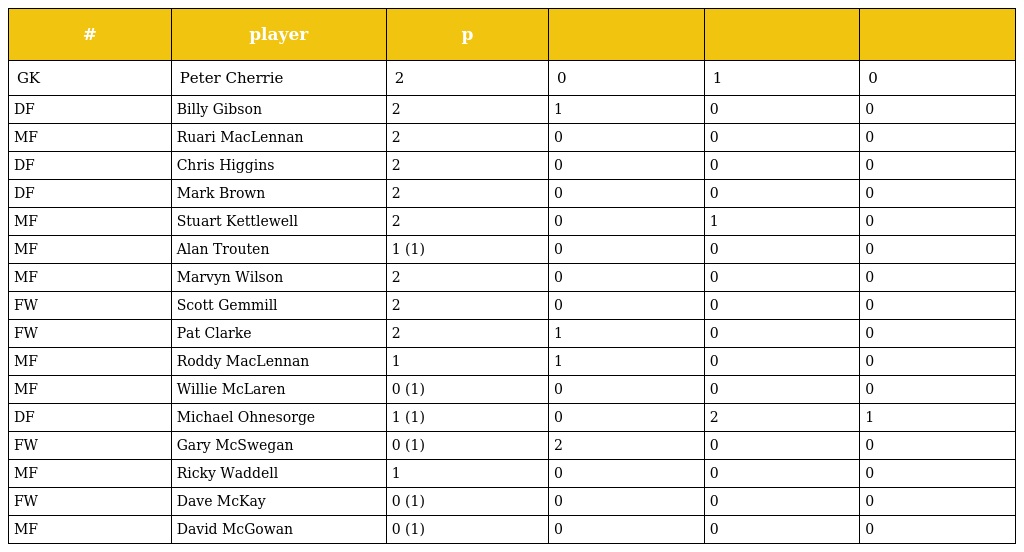
| # | player | p |  |  |  |
 | --- | --- | --- | --- | --- | --- |
 | GK | Peter Cherrie | 2 | 0 | 1 | 0 |
 | DF | Billy Gibson | 2 | 1 | 0 | 0 |
 | MF | Ruari MacLennan | 2 | 0 | 0 | 0 |
 | DF | Chris Higgins | 2 | 0 | 0 | 0 |
 | DF | Mark Brown | 2 | 0 | 0 | 0 |
 | MF | Stuart Kettlewell | 2 | 0 | 1 | 0 |
 | MF | Alan Trouten | 1 (1) | 0 | 0 | 0 |
 | MF | Marvyn Wilson | 2 | 0 | 0 | 0 |
 | FW | Scott Gemmill | 2 | 0 | 0 | 0 |
 | FW | Pat Clarke | 2 | 1 | 0 | 0 |
 | MF | Roddy MacLennan | 1 | 1 | 0 | 0 |
 | MF | Willie McLaren | 0 (1) | 0 | 0 | 0 |
 | DF | Michael Ohnesorge | 1 (1) | 0 | 2 | 1 |
 | FW | Gary McSwegan | 0 (1) | 2 | 0 | 0 |
 | MF | Ricky Waddell | 1 | 0 | 0 | 0 |
 | FW | Dave McKay | 0 (1) | 0 | 0 | 0 |
 | MF | David McGowan | 0 (1) | 0 | 0 | 0 |